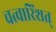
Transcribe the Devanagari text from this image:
चत्वारिंशत्